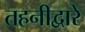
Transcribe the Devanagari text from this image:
तहनीद्वारे